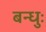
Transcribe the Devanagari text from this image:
बन्धुः